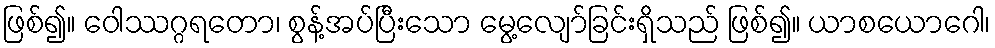
ဖြစ်၍။ ဝေါဿဂ္ဂရတော၊ စွန့်အပ်ပြီးသော မွေ့လျော်ခြင်းရှိသည် ဖြစ်၍။ ယာစယောဂေါ၊